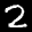
Label: 2